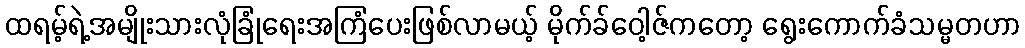
ထရမ့်ရဲ့အမျိုးသားလုံခြုံရေးအကြံပေးဖြစ်လာမယ့် မိုက်ခ်ဝေါ့ဇ်ကတော့ ရွေးကောက်ခံသမ္မတဟာ